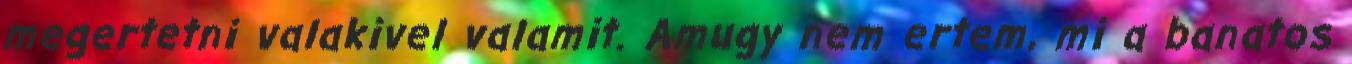
megertetni valakivel valamit. Amugy nem ertem, mi a banatos